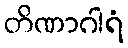
တိဏာဂါရံ